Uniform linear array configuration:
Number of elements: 4
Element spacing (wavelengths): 0.75
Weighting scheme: blackman
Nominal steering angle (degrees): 0
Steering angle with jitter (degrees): -0.5373
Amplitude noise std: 0.05
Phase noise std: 0.05

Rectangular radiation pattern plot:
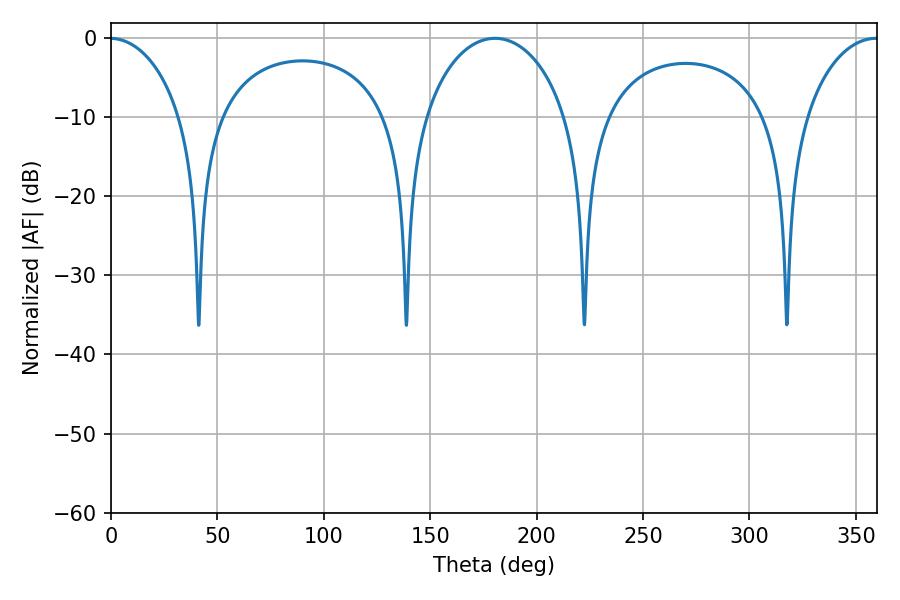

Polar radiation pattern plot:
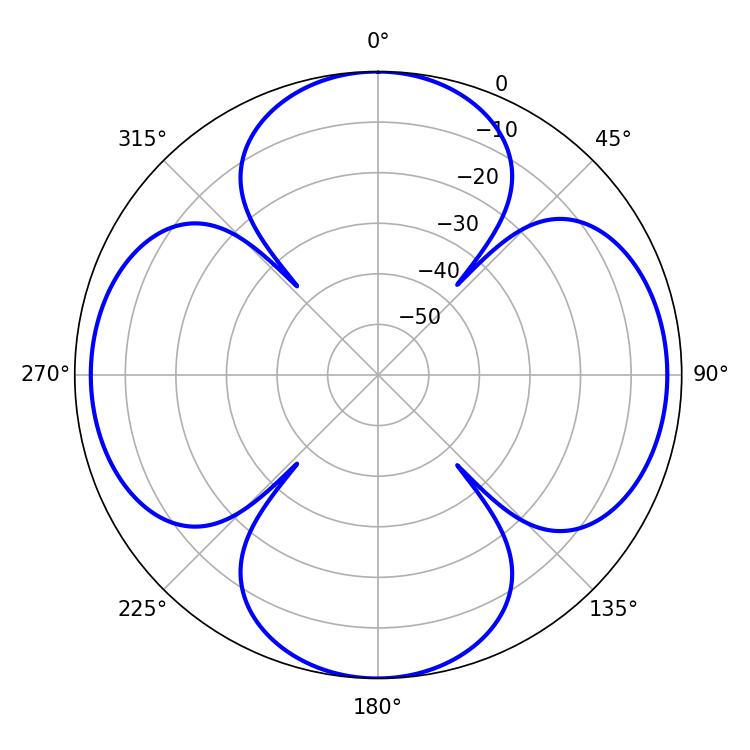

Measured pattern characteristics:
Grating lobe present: TRUE
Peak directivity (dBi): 17.857
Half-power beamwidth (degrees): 38.7
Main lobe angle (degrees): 180.54